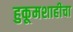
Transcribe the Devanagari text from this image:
हुकूमशाहीचा